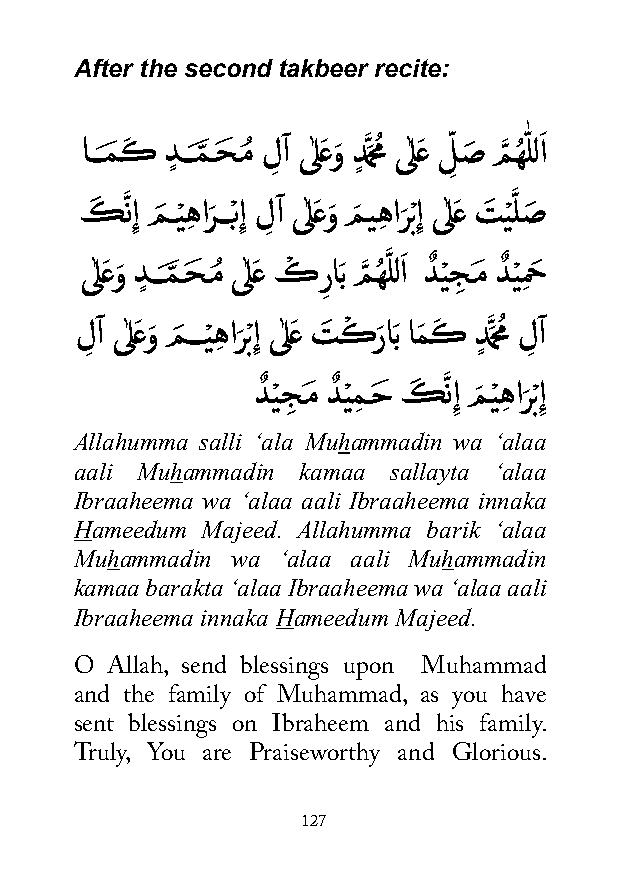
After the second takbeer recite:
 اـــمَ كَ دٍ ـــمَّ ـحَ ـمُ لِ آ ىٰلعَ وَ دٍ َّمَحُم ىٰلعَ ل ِّ صَ مَّ هُ ّٰ للاَ
 كَ َّ نِإ مَ ـيْ هِ ارَ ـــْبِإ لِ آ ىٰلعَ وَ مَ يهِ ارَ ْبِإ ىٰلعَ تَ يْ َّ لصَ
 ىٰلعَ وَ دٍ ـــمَّ ـحَ ـمُ ىٰلعَ كْ ر
 ِ
 ابَ مَّ هُ َّ للاَ دٌ يْ جِ ـمَ دٌ يْ مِ حَ
 لِ آ ىٰلعَ وَ مَ ـــيْ هِ ارَ ْبِإ ىٰلعَ تَ كْ رَ ابَ امَ كَ دٍ َّمَحُم لِ آ
 دٌ يْ جِ ـمَ دٌ يْ مِ ـحَ كَ َّ نِإ مَ يْ هِ ارَ ْبِإ
 Allahumma salli ‘ala Muhammadin wa ‘alaa
 aali Muhammadin kamaa sallayta ‘alaa
 Ibraaheema wa ‘alaa aali Ibraaheema innaka
 Hameedum Majeed. Allahumma barik ‘alaa
 Muhammadin wa ‘alaa aali Muhammadin
 kamaa barakta ‘alaa Ibraaheema wa ‘alaa aali
 Ibraaheema innaka Hameedum Majeed.
 O Allah, send blessings upon Muhammad
 and the family of Muhammad, as you have
 sent blessings on Ibraheem and his family.
 Truly, You are Praiseworthy and Glorious.
 127